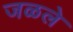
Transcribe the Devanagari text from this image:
जळले